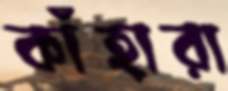
কাঁহারা